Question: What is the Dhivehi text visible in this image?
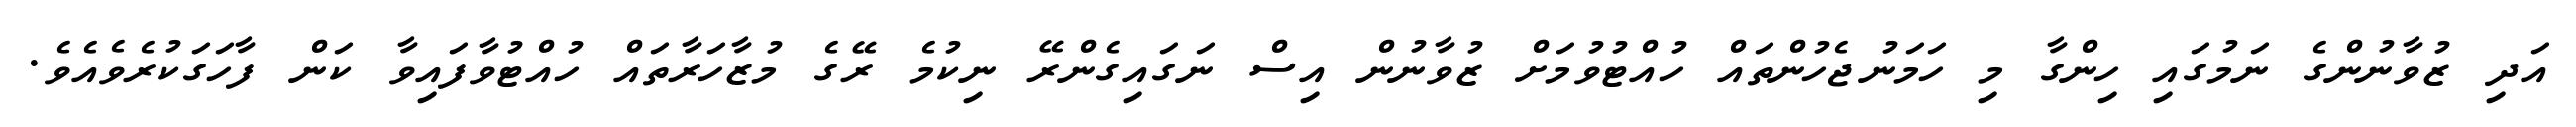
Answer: އަދި ޒުވާނުންގެ ނަމުގައި ހިންގާ މި ހަމަނުޖެހުންތައް ހުއްޓުވުމަށް ޒުވާނުން އިސް ނަގައިގެންރޭ ނިކުމެ ރޭގެ މުޒާހަރާތައް ހުއްޓުވާފައިވާ ކަން ފާހަގަކުރެވެއެވެ.